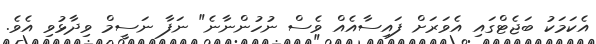
އެކަމަކު ބަޖެޓްގައި އެވަރަށް ފައިސާއެއް ވެސް ނުހުންނާނެ" ނަފާ ނަސީމް ވިދާޅުވި އެވެ.